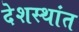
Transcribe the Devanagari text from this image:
देशस्थांत